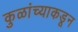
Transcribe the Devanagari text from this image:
कुळांच्याकडून